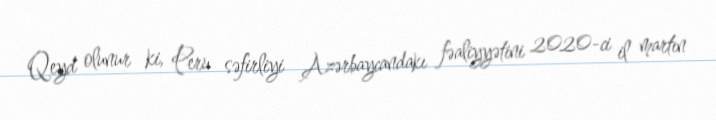
Qeyd olunur ki, Peru səfirliyi Azərbaycandakı fəaliyyətini 2020-ci il martın